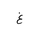
Letter: _gayn